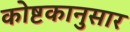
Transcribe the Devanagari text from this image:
कोष्टकानुसार